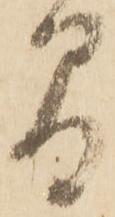
間